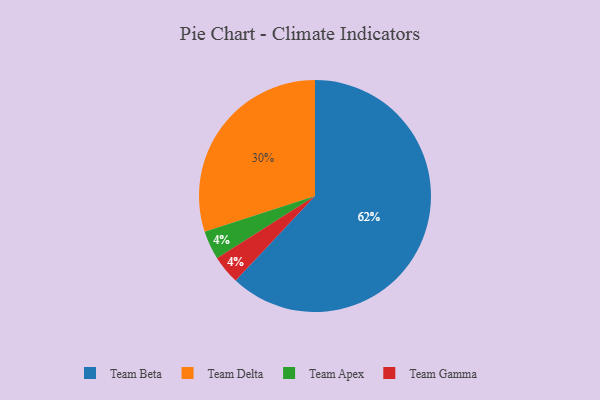
{"axis": {"x": "Category", "y": "Percentage"}, "legend": ["Team Apex", "Team Beta", "Team Delta", "Team Gamma"], "data": [{"x": "Team Apex", "y": 4, "type": "Team Apex"}, {"x": "Team Gamma", "y": 4, "type": "Team Gamma"}, {"x": "Team Delta", "y": 30, "type": "Team Delta"}, {"x": "Team Beta", "y": 62, "type": "Team Beta"}]}